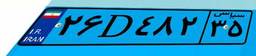
۲۶D۴۸۲۳۵